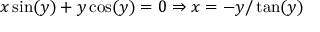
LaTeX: x \sin ( y ) + y \cos ( y ) = 0 \Rightarrow x = - y / \tan ( y )